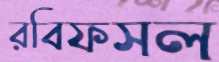
রবিফসল